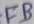
Text: FB